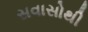
સવાસોથી